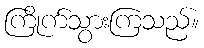
ကြိုက်သွားကြသည်။